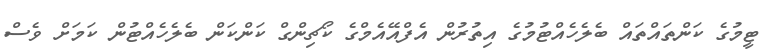
ޓީމުގެ ކަންތައްތައް ބެލެހެއްޓުމުގެ އިތުރުން އެފްއޭއެމްގެ ކޯޗިންގް ކަންކަން ބެލެހެއްޓުން ކަމަށް ވެސް